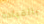
بالقيادة